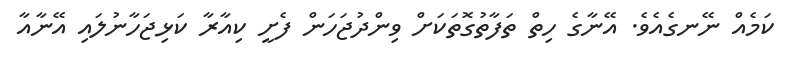
ކަމެއް ނޭނގެއެވެ. އޭނާގެ ހިތް ތަފާތުގޮތަަކަށް ވިންދުޖަހަން ފެށީ ކިއާރާ ކަޅިޖަހާނުލައި އޭނާއާ